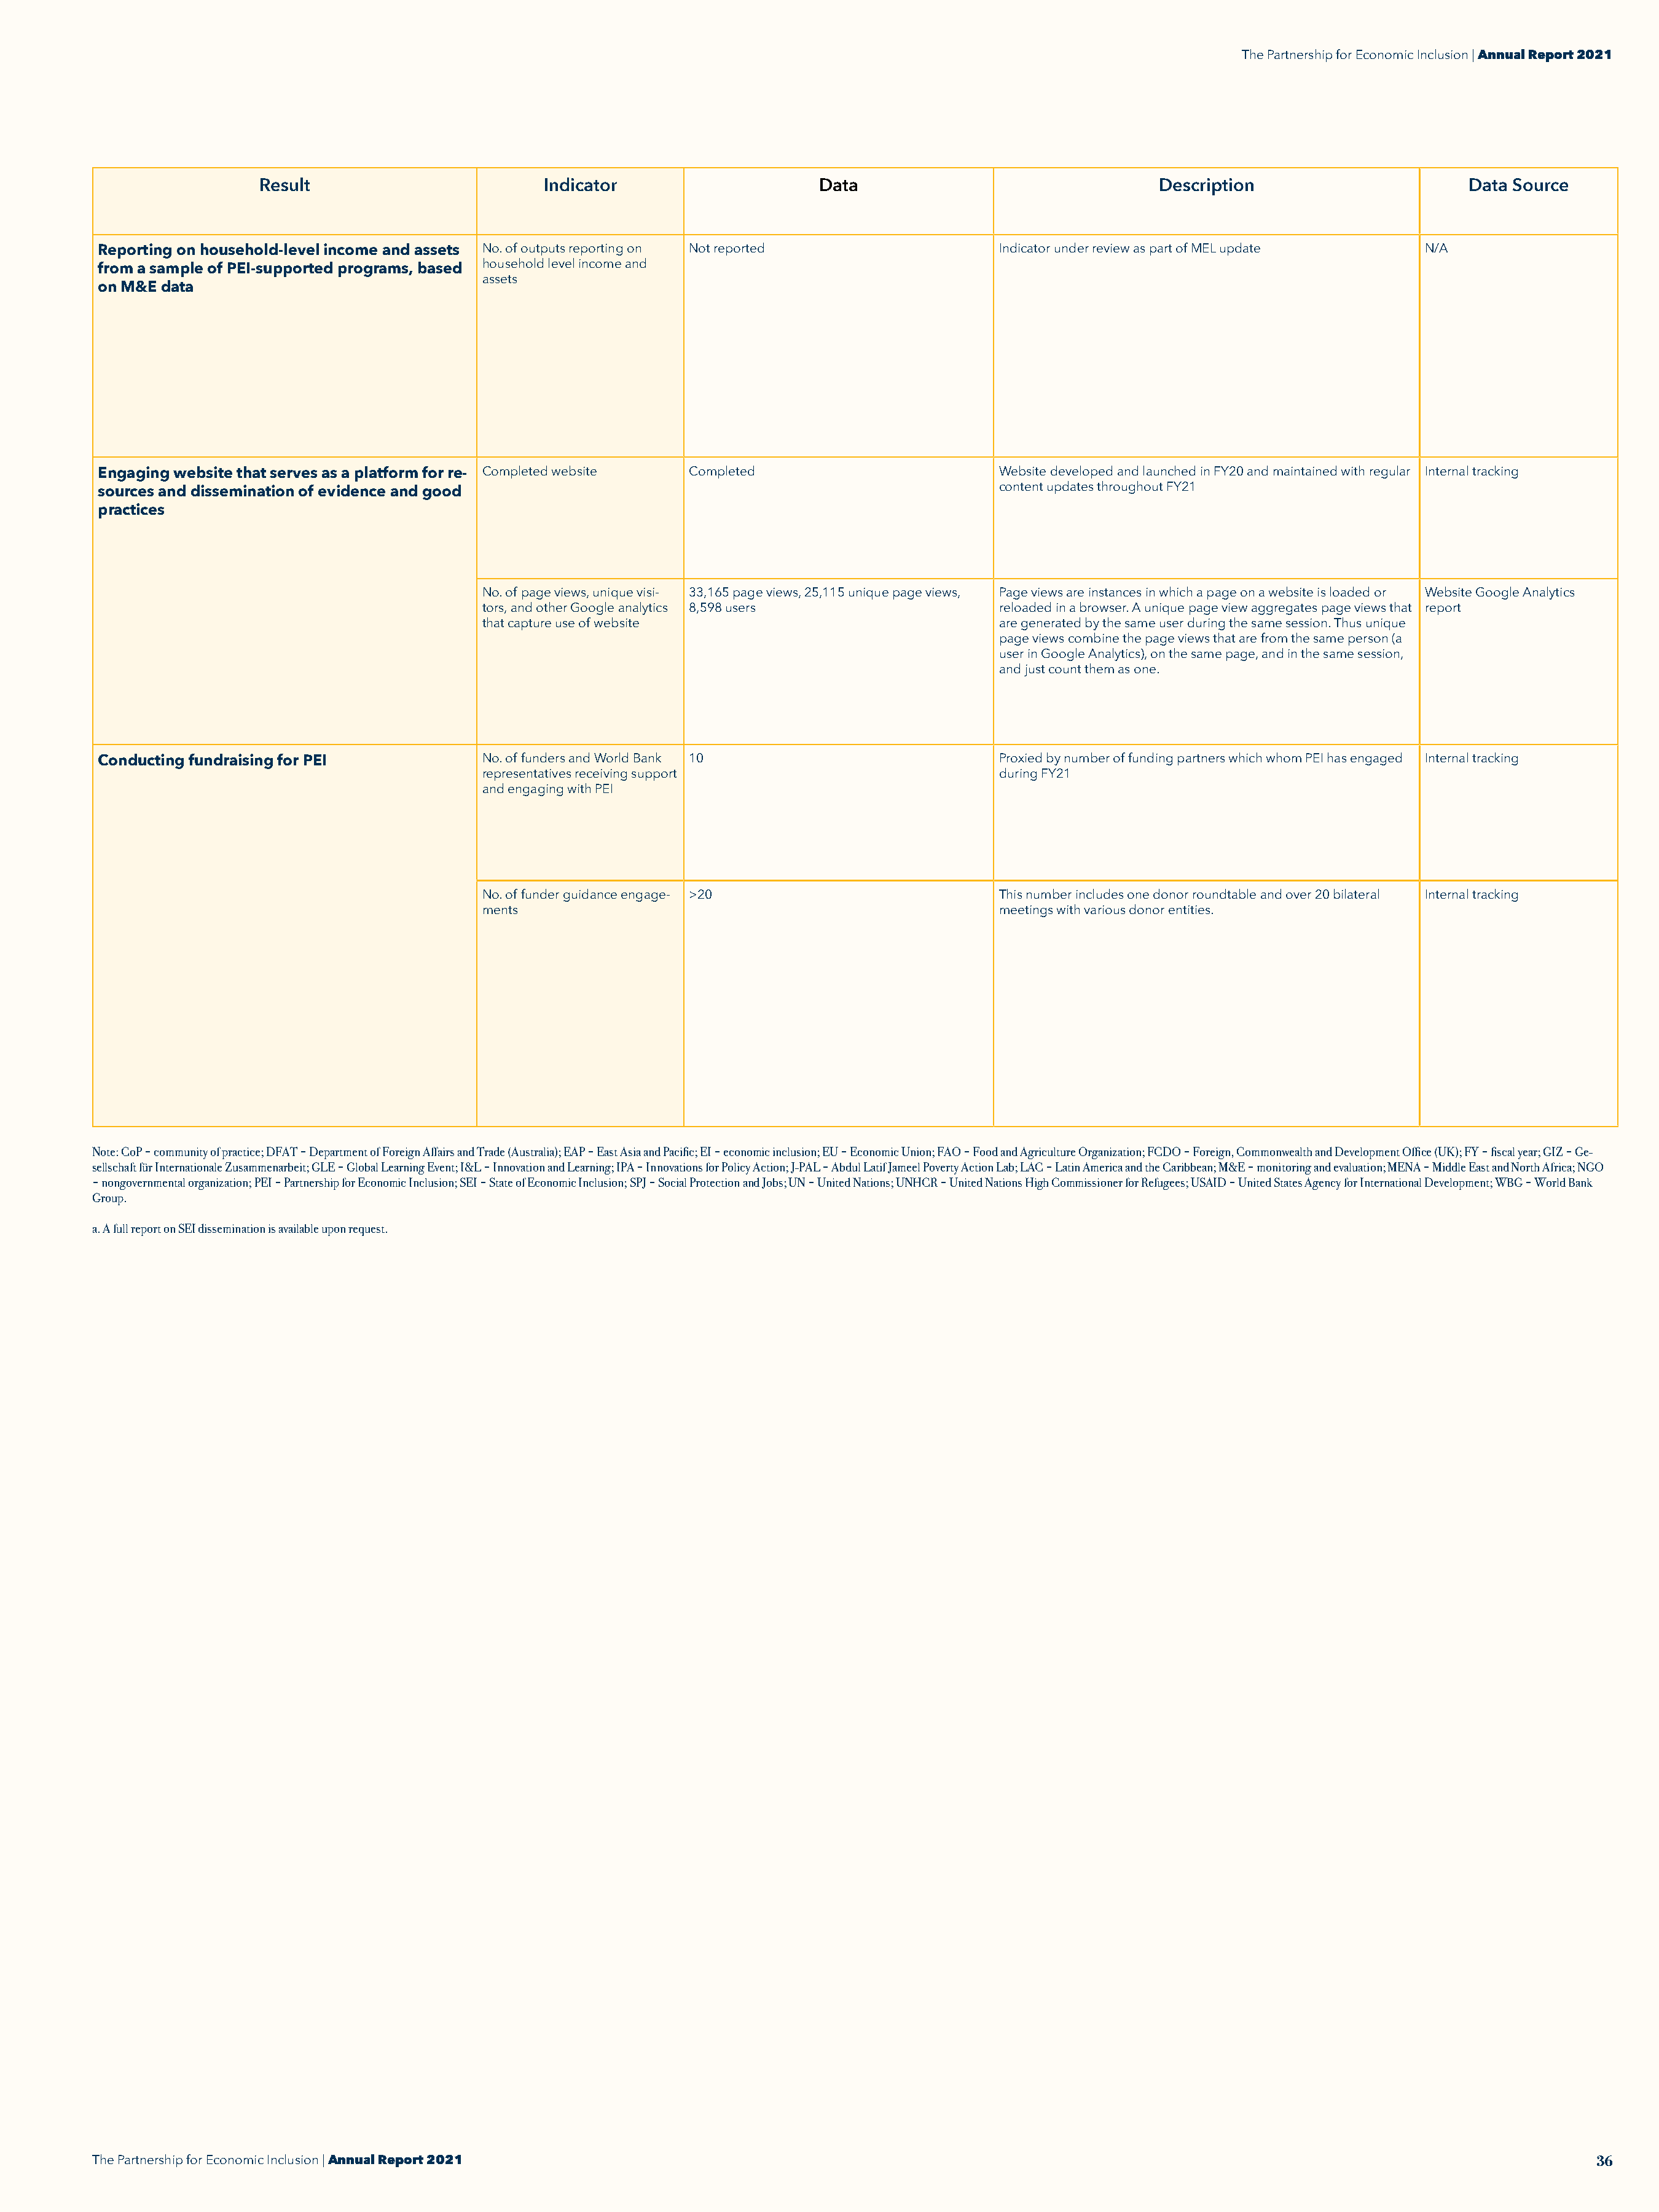
The Partnership for Economic Inclusion | Annual Report 2021
 Result                         Indicator                    Data                                 Description                      Data Source
 Reporting on household-level income and assets No. of outputs reporting on Not reported          Indicator under review as part of MEL update  N/A
 household level income and
 from a sample of PEI-supported programs, based
 assets
 on M&E data
 Engaging website that serves as a platform for re- Completed website Completed                   Website developed and launched in FY20 and maintained with regular Internal tracking
 content updates throughout FY21
 sources and dissemination of evidence and good
 practices
 No. of page views, unique visi- 33,165 page views, 25,115 unique page views, Page views are instances in which a page on a website is loaded or Website Google Analytics
 tors, and other Google analytics 8,598 users            reloaded in a browser. A unique page view aggregates page views that report
 that capture use of website                             are generated by the same user during the same session. Thus unique
 page views combine the page views that are from the same person (a
 user in Google Analytics), on the same page, and in the same session,
 and just count them as one.
 Conducting fundraising for PEI           No. of funders and World Bank 10                        Proxied by number of funding partners which whom PEI has engaged Internal tracking
 representatives receiving support                       during FY21
 and engaging with PEI
 No. of funder guidance engage- >20                      This number includes one donor roundtable and over 20 bilateral Internal tracking
 ments                                                   meetings with various donor entities.
 Note: CoP = community of practice; DFAT = Department of Foreign Affairs and Trade (Australia); EAP = East Asia and Pacific; EI = economic inclusion; EU = Economic Union; FAO = Food and Agriculture Organization; FCDO = Foreign, Commonwealth and Development Office (UK); FY = fiscal year; GIZ = Ge-
 sellschaft für Internationale Zusammenarbeit; GLE = Global Learning Event; I&L = Innovation and Learning; IPA = Innovations for Policy Action; J-PAL = Abdul Latif Jameel Poverty Action Lab; LAC = Latin America and the Caribbean; M&E = monitoring and evaluation; MENA = Middle East and North Africa; NGO
 = nongovernmental organization; PEI = Partnership for Economic Inclusion; SEI = State of Economic Inclusion; SPJ = Social Protection and Jobs; UN = United Nations; UNHCR = United Nations High Commissioner for Refugees; USAID = United States Agency for International Development; WBG = World Bank
 Group.
 a. A full report on SEI dissemination is available upon request.
 The Partnership for Economic Inclusion | Annual Report 2021                                                                                                       36